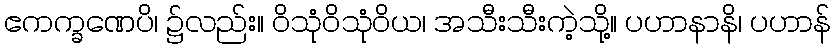
ဧကက္ခဏေပိ၊ ၌လည်း။ ဝိသုံဝိသုံဝိယ၊ အသီးသီးကဲ့သို့။ ပဟာနာနိ၊ ပဟာန်